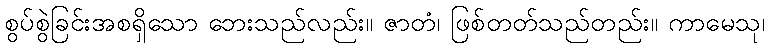
စွပ်စွဲခြင်းအစရှိသော ဘေးသည်လည်း။ ဇာတံ၊ ဖြစ်တတ်သည်တည်း။ ကာမေသု၊